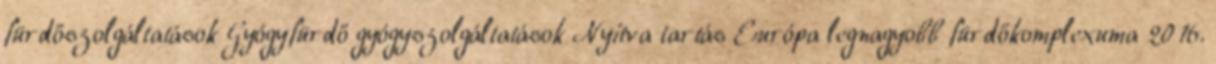
fürdőszolgáltatások Gyógyfürdő gyógyszolgáltatások Nyitva tartás Európa legnagyobb fürdőkomplexuma 2016.